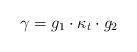
LaTeX: \begin{align*}\gamma=g_1\cdot\kappa_t\cdot g_2\end{align*}